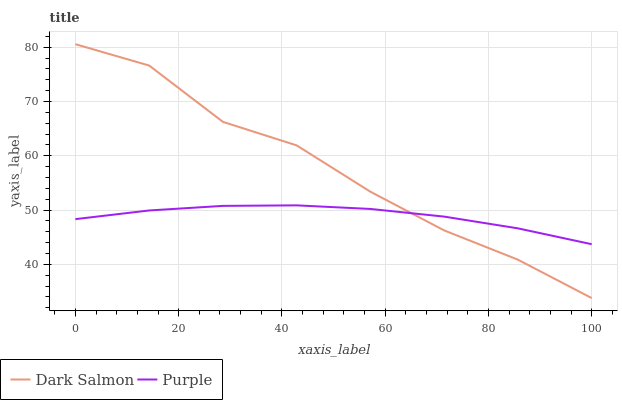
| xaxis_label | Dark Salmon | Purple |
 | --- | --- | --- |
 | 0 | 80.6 | 48.3 |
 | 14.3 | 76.6 | 49.9 |
 | 28.6 | 66.3 | 50.8 |
 | 42.9 | 61.9 | 50.9 |
 | 57.1 | 53.4 | 50.2 |
 | 71.4 | 46.3 | 48.8 |
 | 85.7 | 40.9 | 46.6 |
 | 100 | 33.8 | 43.7 |